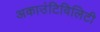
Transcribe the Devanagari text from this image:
अकाउंटिविलिटी